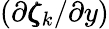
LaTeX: (\partial\pmb{\zeta}_{k}/\partial y)